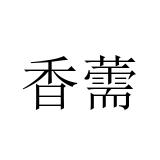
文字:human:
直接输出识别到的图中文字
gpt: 香薷